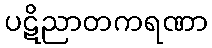
ပဋိညာတကရဏာ